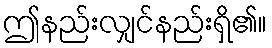
ဤနည်းလျှင်နည်းရှိ၏။